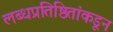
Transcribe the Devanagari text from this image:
लब्धप्रतिष्ठितांकडून